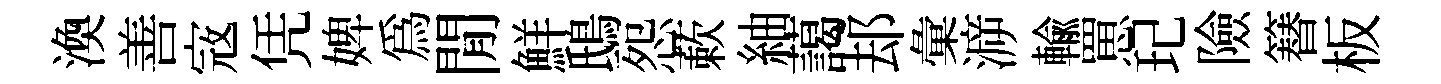
渙善𡨥凭婢爲閒鮮鴟怨蔌紬藹𨚫彙㴑輸罳玘險簮板